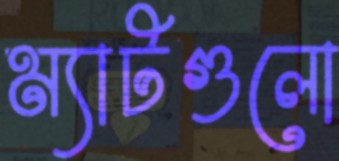
ম্যাটগুলো